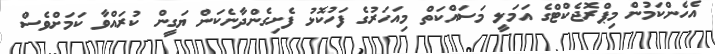
އެހެންކަމުން މިޕްރޮޖެކްޓްގެ އަމަލީ މަސައްކަތް މިއަހަރުގެ ފަހުކޮޅު ފެށިގެންދާނެކަން ޔަގީން ކުރައްވާ ކަމަށްވެސް